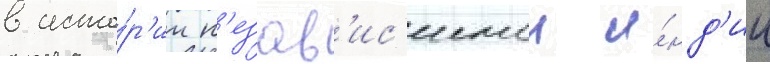
в исто́р'ии н'езав'ис'имои и́нд'ии